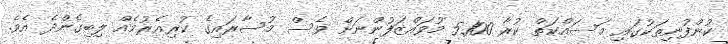
ކުންފުނިތަކުގައި މަސައްކަތް ކުރާ 5